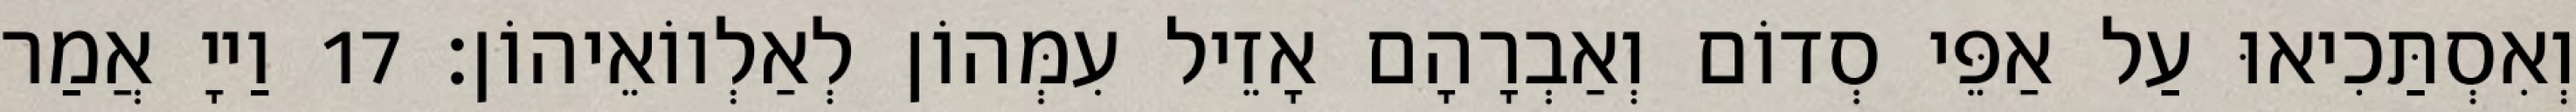
וְאִסְתַּכִיאוּ עַל אַפֵּי סְדוֹם וְאַבְרָהָם אָזֵיל עִמְּהוֹן לְאַלְווֹאֵיהוֹן׃ 17 וַייָ אֲמַר